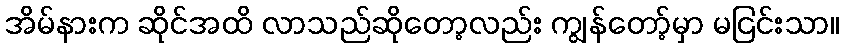
အိမ်နားက ဆိုင်အထိ လာသည်ဆိုတော့လည်း ကျွန်တော့်မှာ မငြင်းသာ။